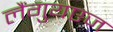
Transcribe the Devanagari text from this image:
लैंगुयएज